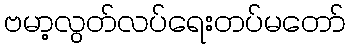
ဗမာ့လွတ်လပ်ရေးတပ်မတော်